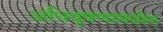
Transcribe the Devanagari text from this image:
अधिवृषणामधील